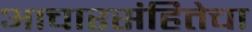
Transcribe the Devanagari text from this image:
आचारसंहितेचा